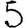
Digit: 5